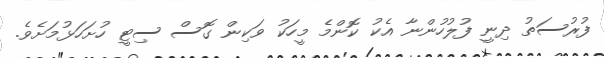
ފުރުސަތު ދިނީ ފުލުހުންނާ އެކު ކޮންމެ މީހަކު ވަކިން ގޮސް ސިޓީ ހުށަހަޅުމަށެވެ.